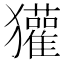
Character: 獾